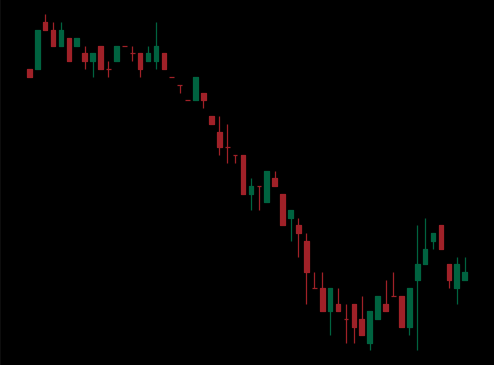
Pattern: bull_flag